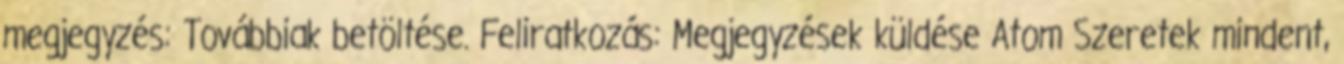
megjegyzés: Továbbiak betöltése. Feliratkozás: Megjegyzések küldése Atom Szeretek mindent,